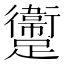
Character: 躛